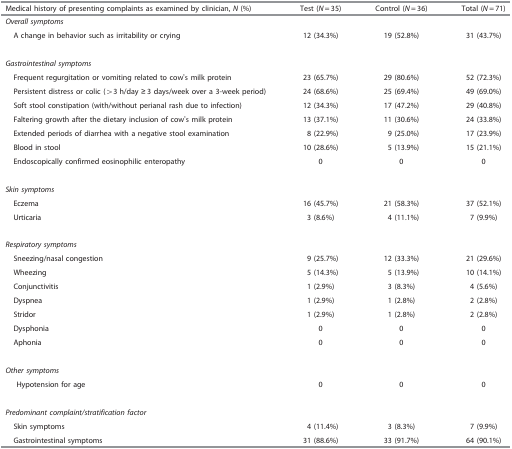
<table><thead><tr><td><b>Medical history of presenting complaints as examined by clinician, <i>N</i> (%)</b></td><td><b>Test (<i>N</i>=35)</b></td><td><b>Control (<i>N</i>=36)</b></td><td><b>Total (<i>N</i>=71)</b></td></tr></thead><tbody><tr><td><i>Overall symptoms</i></td><td> </td><td> </td><td> </td></tr><tr><td> A change in behavior such as irritability or crying</td><td>12 (34.3%)</td><td>19 (52.8%)</td><td>31 (43.7%)</td></tr><tr><td> </td><td> </td><td> </td><td> </td></tr><tr><td><i>Gastrointestinal symptoms</i></td><td> </td><td> </td><td> </td></tr><tr><td> Frequent regurgitation or vomiting related to cow’s milk protein</td><td>23 (65.7%)</td><td>29 (80.6%)</td><td>52 (72.3%)</td></tr><tr><td> Persistent distress or colic (&gt;3 h/day ≥3 days/week over a 3-week period)</td><td>24 (68.6%)</td><td>25 (69.4%)</td><td>49 (69.0%)</td></tr><tr><td> Soft stool constipation (with/without perianal rash due to infection)</td><td>12 (34.3%)</td><td>17 (47.2%)</td><td>29 (40.8%)</td></tr><tr><td> Faltering growth after the dietary inclusion of cow’s milk protein</td><td>13 (37.1%)</td><td>11 (30.6%)</td><td>24 (33.8%)</td></tr><tr><td> Extended periods of diarrhea with a negative stool examination</td><td>8 (22.9%)</td><td>9 (25.0%)</td><td>17 (23.9%)</td></tr><tr><td> Blood in stool</td><td>10 (28.6%)</td><td>5 (13.9%)</td><td>15 (21.1%)</td></tr><tr><td> Endoscopically confirmed eosinophilic enteropathy</td><td>0</td><td>0</td><td>0</td></tr><tr><td> </td><td> </td><td> </td><td> </td></tr><tr><td><i>Skin symptoms</i></td><td> </td><td> </td><td> </td></tr><tr><td> Eczema</td><td>16 (45.7%)</td><td>21 (58.3%)</td><td>37 (52.1%)</td></tr><tr><td> Urticaria</td><td>3 (8.6%)</td><td>4 (11.1%)</td><td>7 (9.9%)</td></tr><tr><td> </td><td> </td><td> </td><td> </td></tr><tr><td><i>Respiratory symptoms</i></td><td> </td><td> </td><td> </td></tr><tr><td> Sneezing/nasal congestion</td><td>9 (25.7%)</td><td>12 (33.3%)</td><td>21 (29.6%)</td></tr><tr><td> Wheezing</td><td>5 (14.3%)</td><td>5 (13.9%)</td><td>10 (14.1%)</td></tr><tr><td> Conjunctivitis</td><td>1 (2.9%)</td><td>3 (8.3%)</td><td>4 (5.6%)</td></tr><tr><td> Dyspnea</td><td>1 (2.9%)</td><td>1 (2.8%)</td><td>2 (2.8%)</td></tr><tr><td> Stridor</td><td>1 (2.9%)</td><td>1 (2.8%)</td><td>2 (2.8%)</td></tr><tr><td> Dysphonia</td><td>0</td><td>0</td><td>0</td></tr><tr><td> Aphonia</td><td>0</td><td>0</td><td>0</td></tr><tr><td> </td><td> </td><td> </td><td> </td></tr><tr><td><i>Other symptoms</i></td><td> </td><td> </td><td> </td></tr><tr><td>Hypotension for age</td><td>0</td><td>0</td><td>0</td></tr><tr><td> </td><td> </td><td> </td><td> </td></tr><tr><td><i>Predominant complaint/stratification factor</i></td><td> </td><td> </td><td> </td></tr><tr><td> Skin symptoms</td><td>4 (11.4%)</td><td>3 (8.3%)</td><td>7 (9.9%)</td></tr><tr><td> Gastrointestinal symptoms</td><td>31 (88.6%)</td><td>33 (91.7%)</td><td>64 (90.1%)</td></tr></tbody></table>